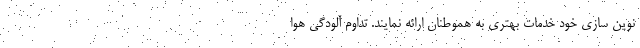
نوین سازی خود خدمات بهتری به هموطنان ارائه نمایند. تداوم آلودگی هوا